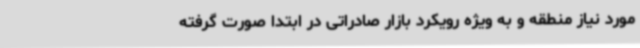
مورد نیاز منطقه و به ویژه رویکرد بازار صادراتی در ابتدا صورت گرفته